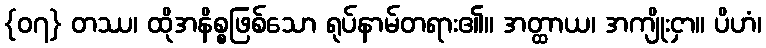
{၀၇} တဿ၊ ထိုအနိစ္စဖြစ်သော ရုပ်နာမ်တရား၏။ အတ္ထာယ၊ အကျိုးငှာ။ ပိဟံ၊